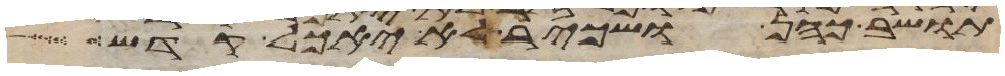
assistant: תושב כהן ושכיר לא יאכל קדש